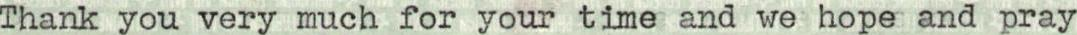
Thank you very much for your time and we hope and pray